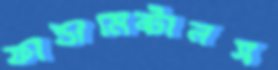
ফান্ডামেন্টালস